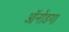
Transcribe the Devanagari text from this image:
ऑनोंडगा